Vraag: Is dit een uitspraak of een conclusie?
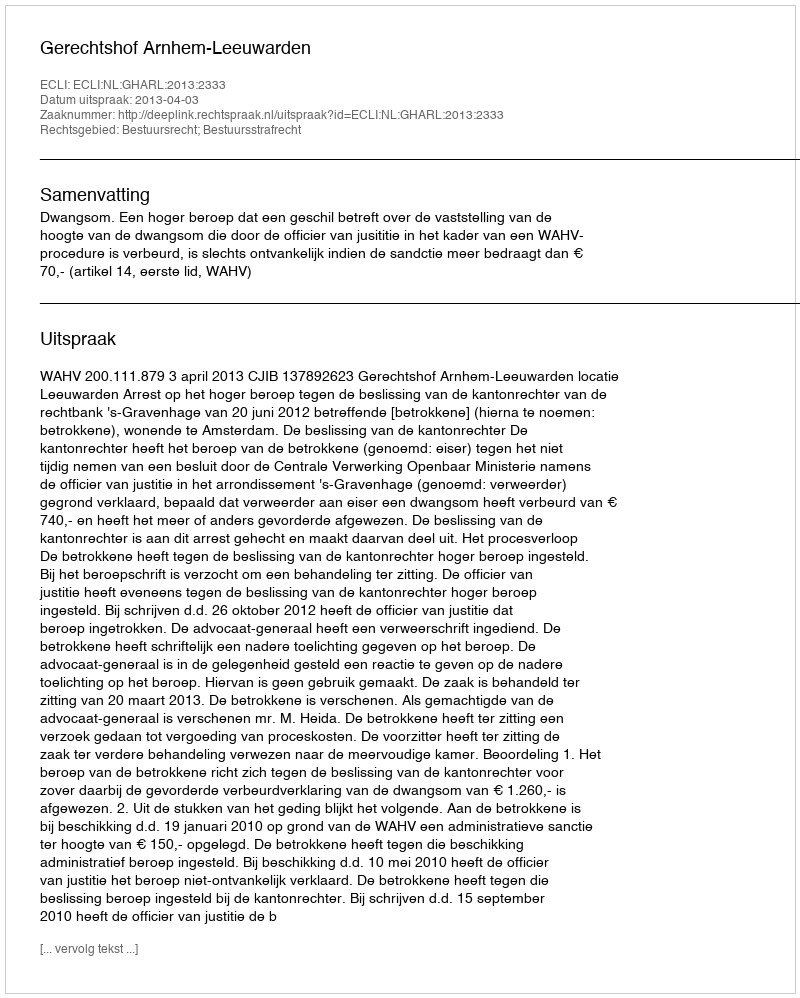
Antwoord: Uitspraak